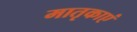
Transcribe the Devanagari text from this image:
मातृकाएं